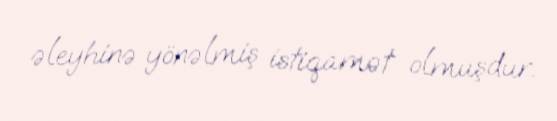
əleyhinə yönəlmiş istiqamət olmuşdur.